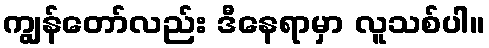
ကျွန်တော်လည်း ဒီနေရာမှာ လူသစ်ပါ။